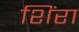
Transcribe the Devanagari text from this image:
शिंरा